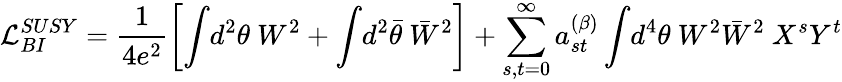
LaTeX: {\cal L}_{{BI}}^{{SUSY}}=\frac{1}{4e^{2}}\left[\int\! d^{2}\theta~W^{2}+\int\! d^{2}\bar{\theta}~\bar{W}^{2}\right]+\sum_{s,t=0}^{\infty}a_{st}^{(\beta)}\int\! d^{4}\theta~W^{2}\bar{W}^{2}~X^{s}Y^{t}